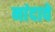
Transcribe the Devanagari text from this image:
नांदावे